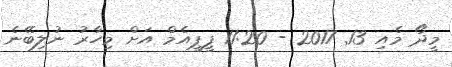
މީދޯ މެއި 13